Leaving Certificate Examination (including Day School Certificate (Higher) General paper), 1929
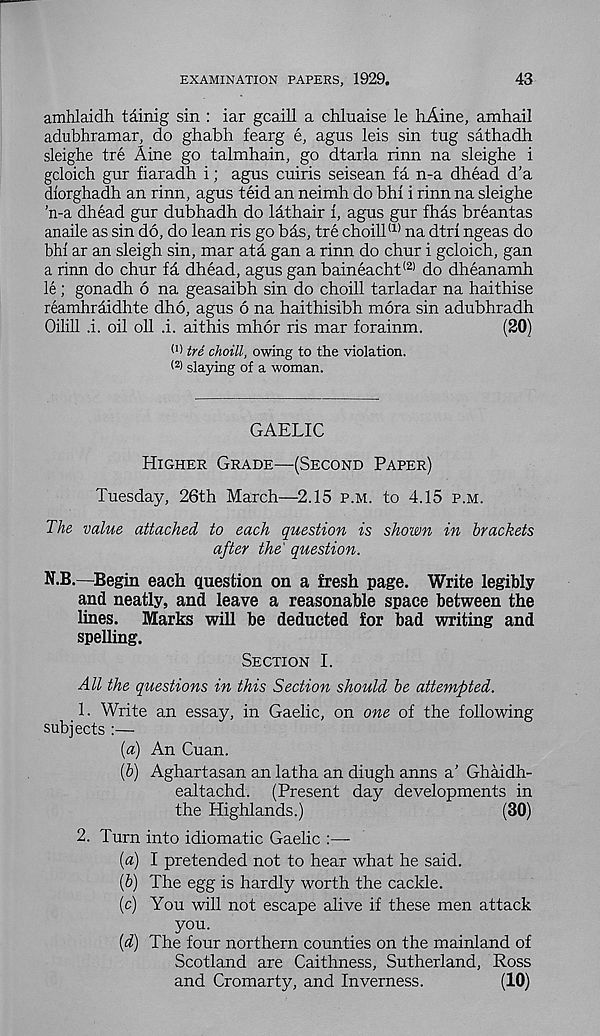
EXAMINATION PAPERS, 1929.
43
amhlaidh tainig sin : iar gcaill a chluaise le hAine, amhail
adubhramar, do ghabh fearg e, agus leis sin tug sathadh
sleighe tre Aine go talmhain, go dtarla rinn na sleighe i
gcloich gur fiaradh i; agus cuiris seisean fa n-a dhead d’a
diorghadh an rinn, agus teid an neimh do bbi i rinn na sleighe
’n-a dhead gur dubhadh do lathair i, agus gur fhas breantas
anaile as sin do, do lean ris go bds, tre choill (1) na dtrl ngeas do
bhi ar an sleigh sin, mar ata gan a rinn do chur i gcloich, gan
a rinn do chur fa dhead, agus gan baineacht (2) do dheanamh
le; gonadh 6 na geasaibh sin do choill tarladar na haithise
reamhraidhte dho, agus 6 na haithisibh mora sin adubhradh
Oilill .i. oil oil .i. aithis mhor ris mar forainm.
(20)
(1 ) tre choill, owing to the violation.
(2 > slaying of a woman.
GAELIC
Higher Grade—(Second Paper)
Tuesday, 26th March—2.15 p.m. to 4.15 p.m.
The value attached to each question is shown in brackets
after the' question.
N.B.—Begin each question on a fresh page. Write legibly
and neatly, and leave a reasonable space between the
lines.
Marks will be deducted for bad writing and
spelling.
Section I.
All the questions in this Section should be attempted.
1. Write an essay, in Gaelic, on one of the following
subjects
[а) An Cuan.
(б) Aghartasan an latha an diugh anns a’ Ghaidh-
ealtachd. (Present day developments in
the Highlands.)
(30)
2. Turn into idiomatic Gaelic :—
[a) I pretended not to hear what he said.
ip) The egg is hardly worth the cackle.
(c) You will not escape alive if these men attack
you.
id) The four northern counties on the mainland of
Scotland are Caithness, Sutherland, Ross
and Cromarty, and Inverness.
(10)